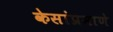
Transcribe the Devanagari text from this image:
केसांप्रमाणे